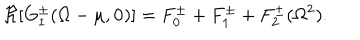
\Re [ G _ { 1 } ^ { \pm } ( \Omega - \mu , { \mathbf 0 } ) ] = F _ { 0 } ^ { \pm } + F _ { 1 } ^ { \pm } + F _ { 2 } ^ { \pm } ( \Omega ^ { 2 } ) .